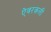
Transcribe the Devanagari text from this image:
ऐवरकली